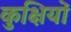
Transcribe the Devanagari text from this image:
कुक्षियों